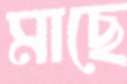
মাছে